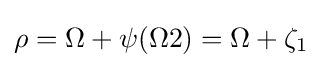
\rho =\Omega +\psi (\Omega 2)=\Omega +\zeta _{1}